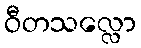
ဝီတသလ္လော